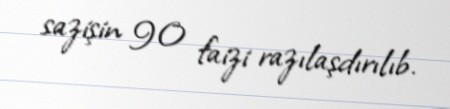
sazişin 90 faizi razılaşdırılıb.